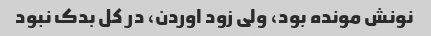
نونش مونده بود، ولی زود اوردن، در کل بدک نبود